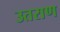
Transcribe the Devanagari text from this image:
उतराण